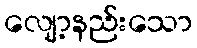
လျော့နည်းသော